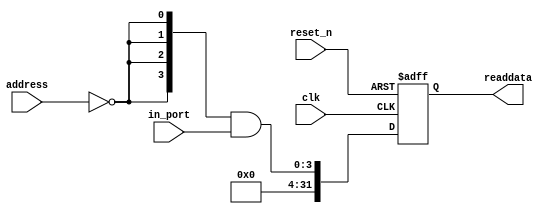
module pb_pio (
                // inputs:
                 address,
                 clk,
                 in_port,
                 reset_n,

                // outputs:
                 readdata
              )
;

  output  [ 31: 0] readdata;
  input   [  1: 0] address;
  input            clk;
  input   [  3: 0] in_port;
  input            reset_n;

  wire             clk_en;
  wire    [  3: 0] data_in;
  wire    [  3: 0] read_mux_out;
  reg     [ 31: 0] readdata;
  assign clk_en = 1;
  //s1, which is an e_avalon_slave
  assign read_mux_out = {4 {(address == 0)}} & data_in;
  always @(posedge clk or negedge reset_n)
    begin
      if (reset_n == 0)
          readdata <= 0;
      else if (clk_en)
          readdata <= {{{32 - 4}{1'b0}},read_mux_out};
    end


  assign data_in = in_port;

endmodule